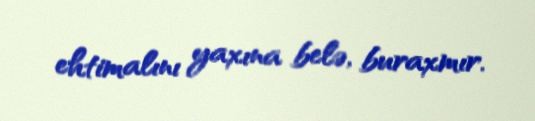
ehtimalını yaxına belə, buraxmır.